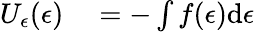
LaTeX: \begin{array}{rl}{U_{\epsilon}(\epsilon)}&{{}=-\int f(\epsilon)\mathrm{d}\epsilon}\end{array}